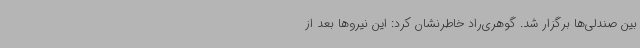
بین صندلی‌ها برگزار شد. گوهری‌راد خاطرنشان کرد: این نیروها بعد از